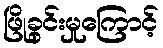
ဖြိုခွင်းမှုကြောင့်